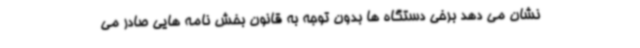
نشان می دهد برخی دستگاه ها بدون توجه به قانون بخش نامه هایی صادر می